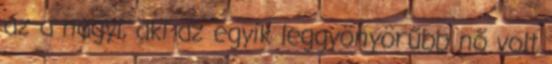
az a nagyi, aki az egyik leggyönyörűbb nő volt